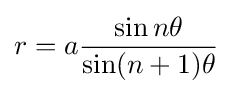
r=a{\frac {\sin n\theta }{\sin(n+1)\theta }}\!